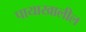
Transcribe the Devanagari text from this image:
पायाखालील